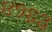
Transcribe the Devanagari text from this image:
४१६३